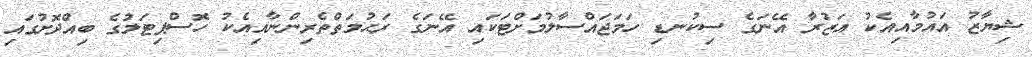
ޝިޔާޒު އައުމާއިއެކު އަޒުރާ އޭނަގެ ސިކުނޑި ހަމަޖައްސާލުމަށްޓަކައި އޭނަގެ ރަޙުމަތްތެރިންނާއިއެކު ހޮސްޕިޓަލުގެ ބިއްދޮށުގައި